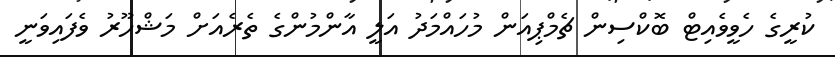
ކުރީގެ ހެވީވެއިޓް ބޮކްސިން ޗެމްޕިއަން މުހައްމަދު އަލީ އާންމުންގެ ތެރެއަށް މަޝްހޫރު ވެފައިވަނީ